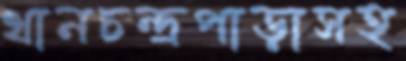
থানচন্দ্রপাড়াসহ